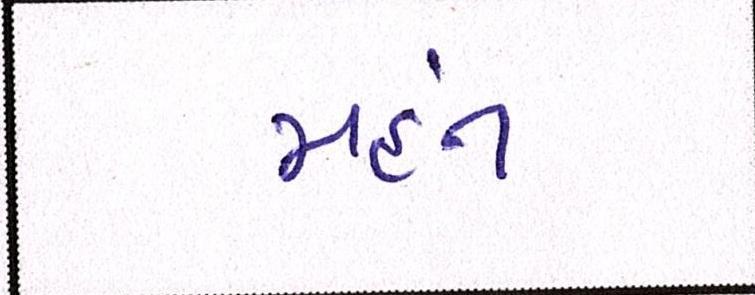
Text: મહંત